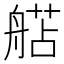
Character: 𬜗